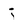
Character: j